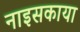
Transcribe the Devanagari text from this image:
नाइसकाया